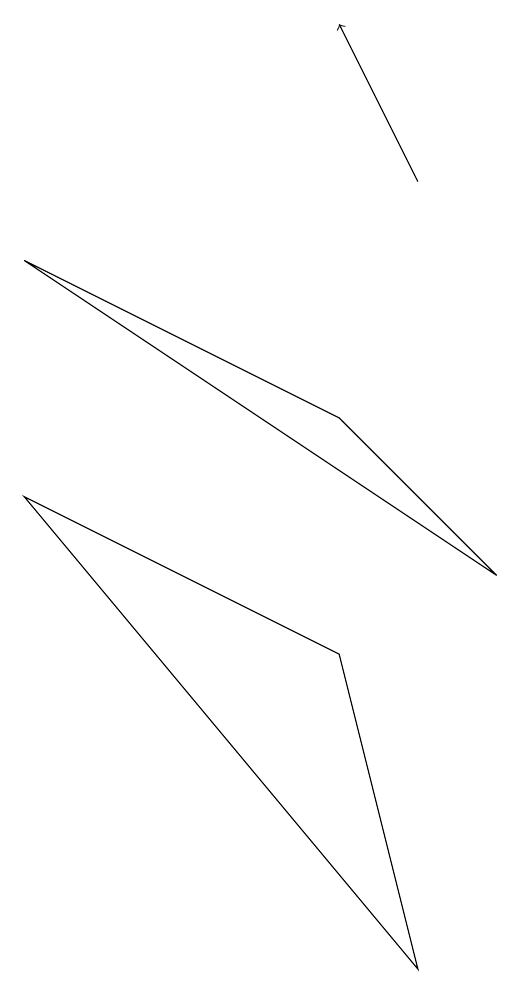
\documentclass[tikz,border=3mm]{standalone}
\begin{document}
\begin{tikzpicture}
\draw (7,0) -- (2,6) -- (6,4) -- cycle;
\draw[->] (7,10) -- (6,12);
\draw (8,5) -- (6,7) -- (2,9) -- cycle;
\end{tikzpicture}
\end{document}